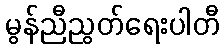
မွန်ညီညွတ်ရေးပါတီ